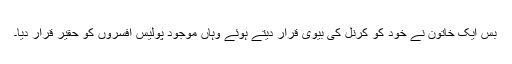
بس ایک خاتون نے خود کو کرنل کی بیوی قرار دیتے ہوئے وہاں موجود پولیس افسروں کو حقیر قرار دیا۔